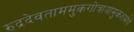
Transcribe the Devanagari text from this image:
रुद्रदेवताममुकगोत्रायामुकशर्मणे